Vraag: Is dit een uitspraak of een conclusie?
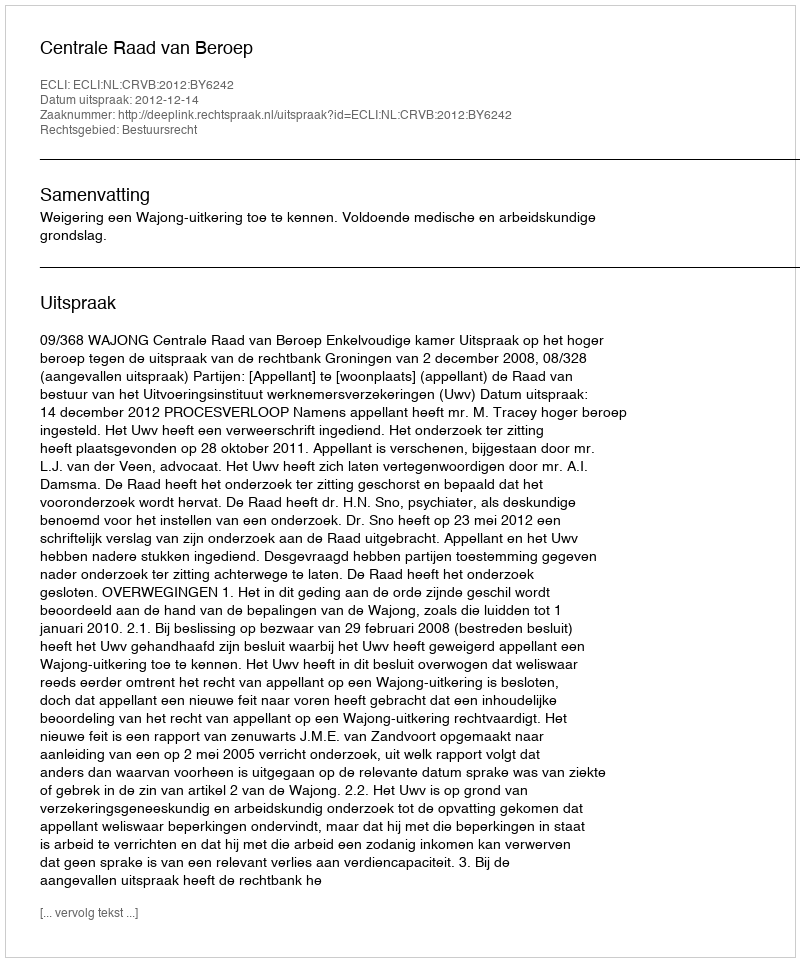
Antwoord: Uitspraak